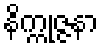
နိက္ကုဇ္ဇနာ